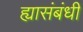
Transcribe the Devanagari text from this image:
ह्यासंबंधी